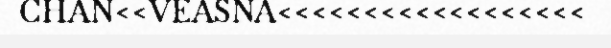
CHAN<<VEASNA<<<<<<<<<<<<<<<<<<